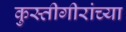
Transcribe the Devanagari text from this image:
कुस्तीगीरांच्या